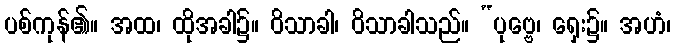
ပစ်ကုန်၏။ အထ၊ ထိုအခါ၌။ ဝိသာခါ၊ ဝိသာခါသည်။ “ပုဗ္ဗေ၊ ရှေး၌။ အဟံ၊